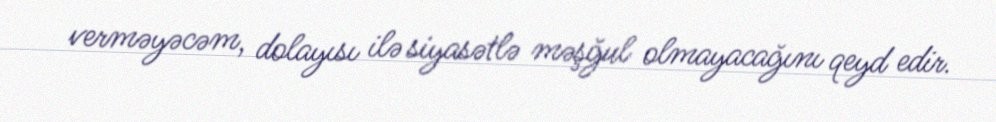
verməyəcəm, dolayısı ilə siyasətlə məşğul olmayacağını qeyd edir.